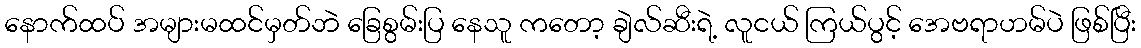
နောက်ထပ် အများမထင်မှတ်ဘဲ ခြေစွမ်းပြ နေသူ ကတော့ ချဲလ်ဆီးရဲ့ လူငယ် ကြယ်ပွင့် အေဗရာဟမ်ပဲ ဖြစ်ပြီး